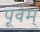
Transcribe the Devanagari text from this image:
पूर्वम्